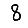
Digit: 8